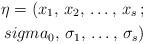
LaTeX: \begin{align*} \eta=(x_{1},\,x_{2},\,\dots,\,x_{s}\,;\\sigma_{0},\,\sigma_{1},\,\dots,\,\sigma_{s})\end{align*}